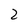
Character: 2